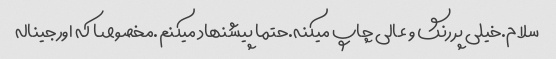
سلام.خیلی پررنگ و عالی چاپ میکنه.حتما پیشنهاد میکنم.مخصوصا که اورجیناله